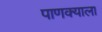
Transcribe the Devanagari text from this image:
पाणक्याला